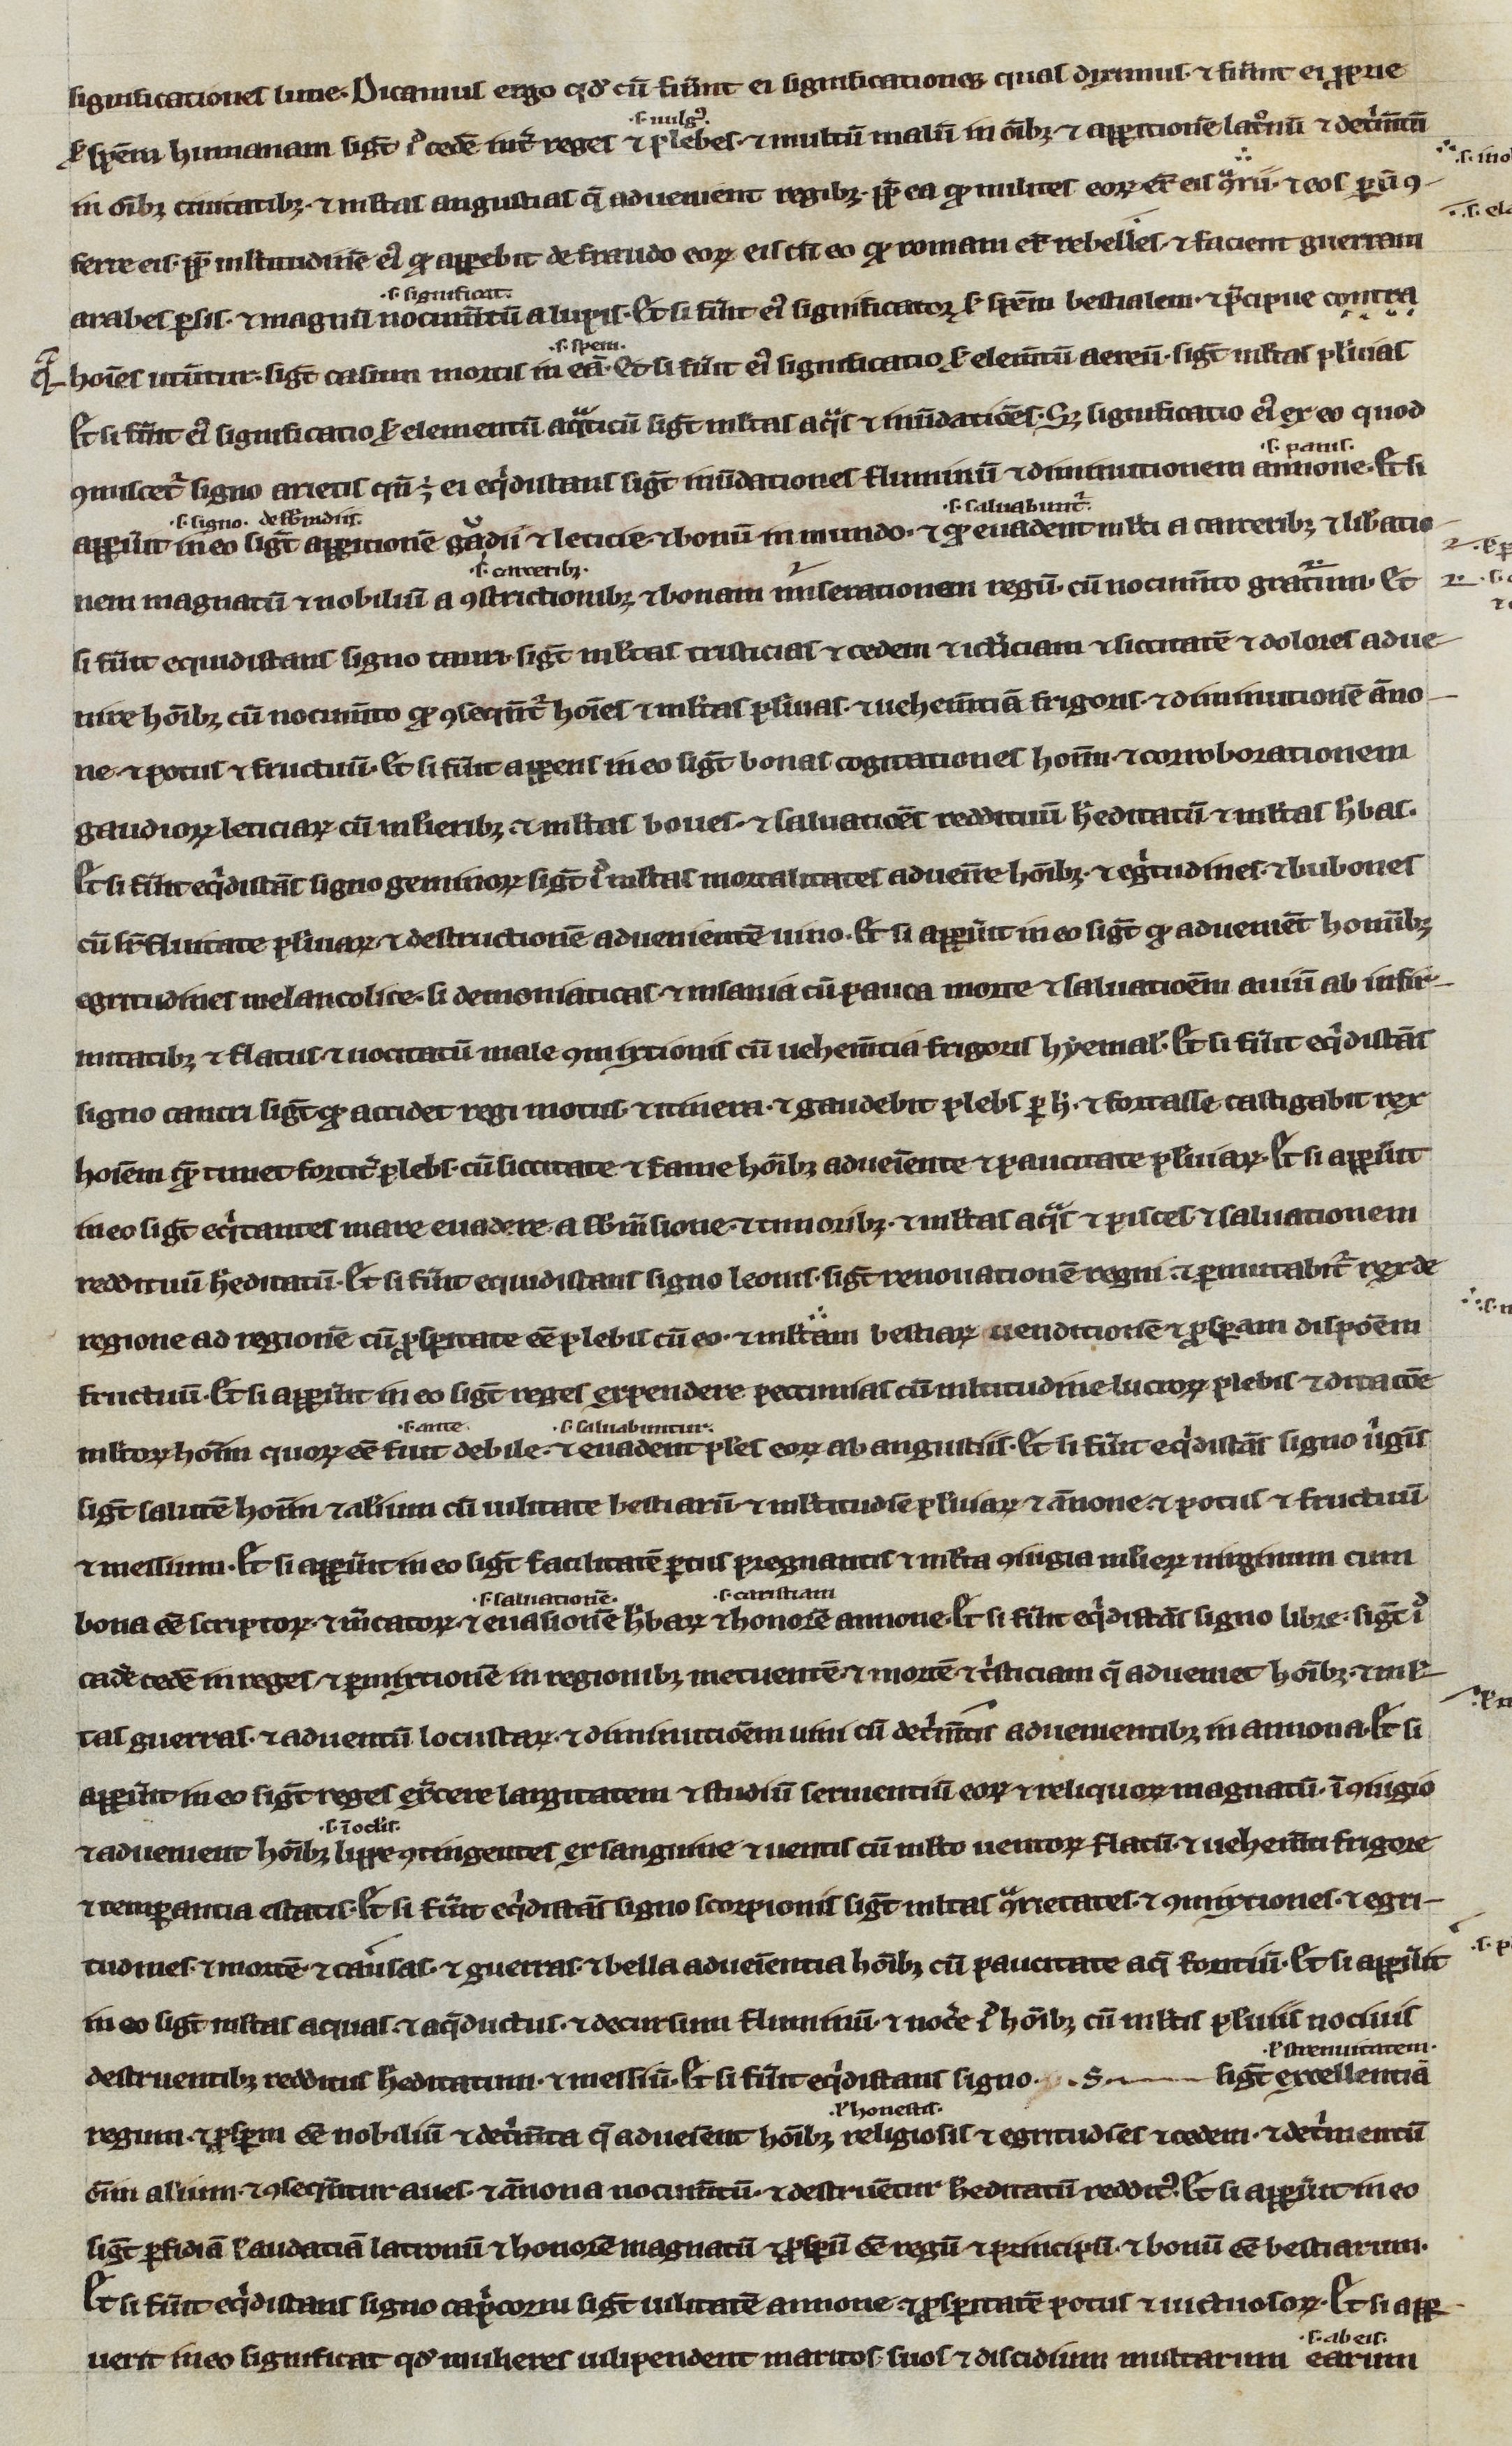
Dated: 1200–1299